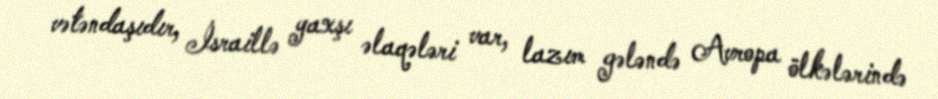
vətəndaşıdır, İsraillə yaxşı əlaqələri var, lazım gələndə Avropa ölkələrində